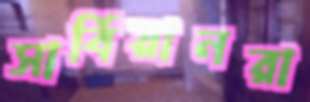
সার্বিয়ানরা